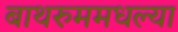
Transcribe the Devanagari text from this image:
बाथरुममधल्‍या